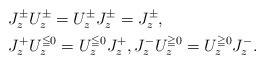
LaTeX: \begin{align*}&J_z^\pm U_z^\pm=U_z^\pm J_z^\pm=J_z^\pm,\\&J_z^{+}U_z^{\leqq0}=U_z^{\leqq0} J_z^{+},J_z^{-}U_z^{\geqq0}=U_z^{\geqq0} J_z^{-}.\end{align*}